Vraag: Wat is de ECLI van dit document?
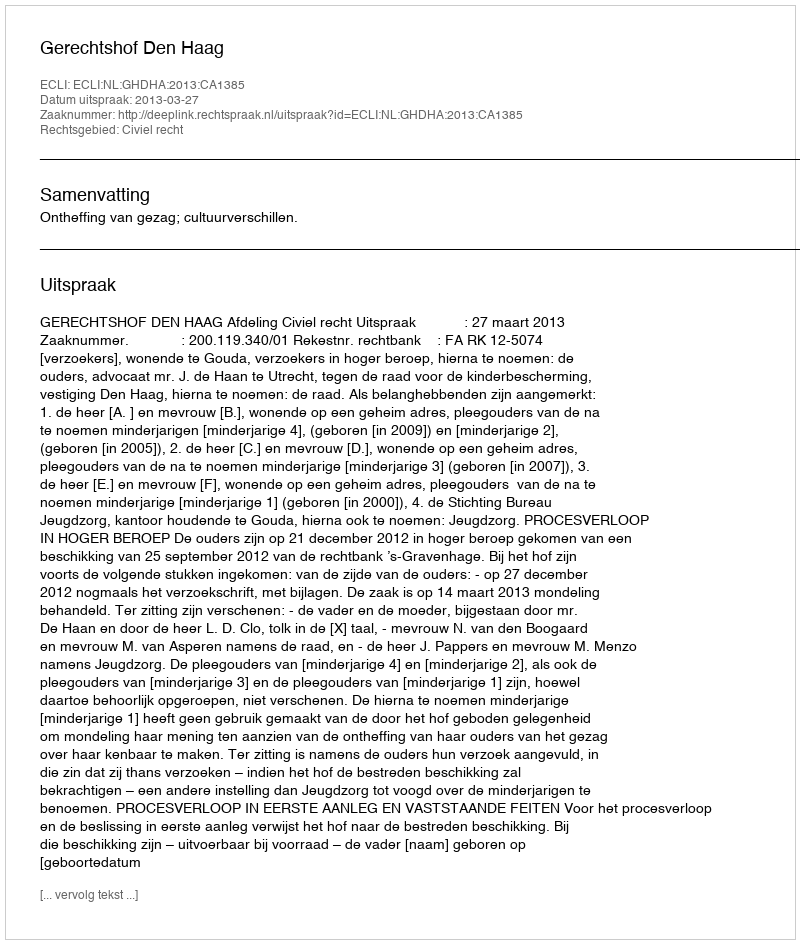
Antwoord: ECLI:NL:GHDHA:2013:CA1385